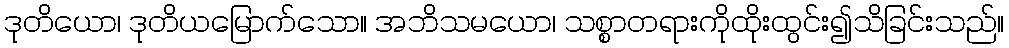
ဒုတိယော၊ ဒုတိယမြောက်သော။ အဘိသမယော၊ သစ္စာတရားကိုထိုးထွင်း၍သိခြင်းသည်။